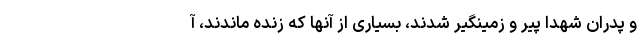
و پدران شهدا پیر و زمینگیر شدند، بسیاری از آنها که زنده ماندند، آ